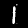
Digit: 1